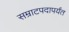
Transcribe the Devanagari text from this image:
सम्राटपदापर्यंत